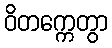
ဝိတက္ကေတွာ